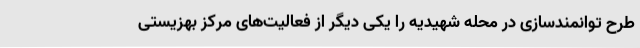
طرح توانمندسازی در محله شهیدیه را یکی دیگر از فعالیت‌های مرکز بهزیستی